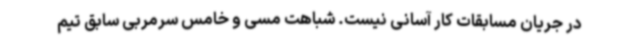
در جریان مسابقات کار آسانی نیست. شباهت مسی و خامس سرمربی سابق تیم